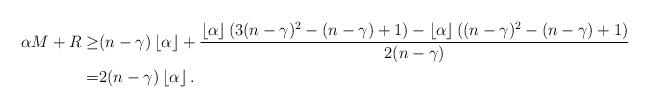
LaTeX: \begin{align*}\alpha M+R \geq &(n-\gamma)\left\lfloor\alpha\right\rfloor +\frac{\left\lfloor\alpha\right\rfloor(3(n-\gamma)^2-(n-\gamma)+1)-\left\lfloor\alpha\right\rfloor((n-\gamma)^2-(n-\gamma)+1)}{2(n-\gamma)} \\ = &2(n-\gamma)\left\lfloor\alpha\right\rfloor. \end{align*}